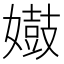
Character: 𫱺